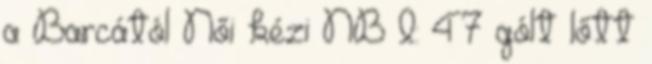
a Barcától Női kézi NB I: 47 gólt lőtt